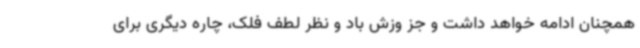
همچنان ادامه خواهد داشت و جز وزش باد و نظر لطف فلک، چاره دیگری برای